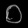
Digit: ၀